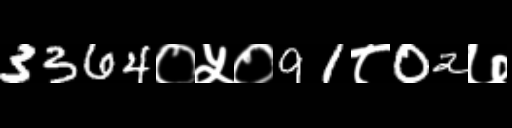
Text: 3364०५०91८02७